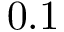
0 . 1